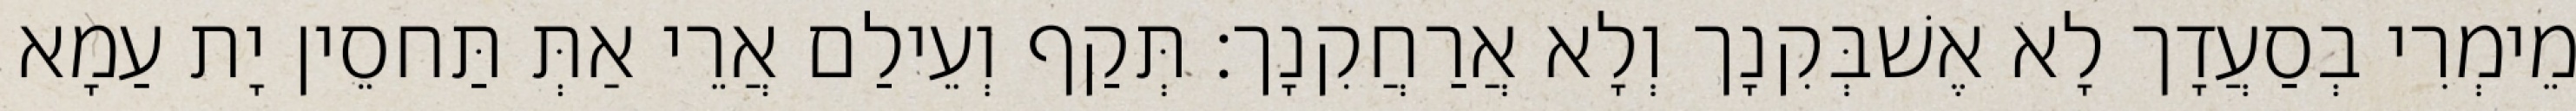
מֵימְרִי בְסַעֲדָך לָא אֶשׁבְּקִנָך וְלָא אֲרַחֲקִנָך׃ תְּקַף וְעֵילַם אֲרֵי אַתְּ תַּחסֵין יָת עַמָא